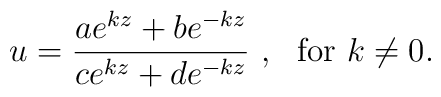
u = \frac{ae^{kz} + be^{-kz}}{ce^{kz} + de^{-kz}}~,~\mbox{ for } k \neq 0.